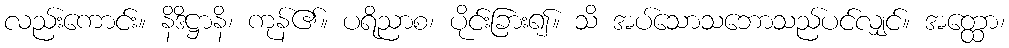
လည်းကောင်း။ နိဒိဋ္ဌာနိ၊ ကုန်၏။ ပရိညာစ၊ ပိုင်းခြား၍။ သိ အပ်သောသဘောသည်ပင်လျှင်။ အတ္ထော၊